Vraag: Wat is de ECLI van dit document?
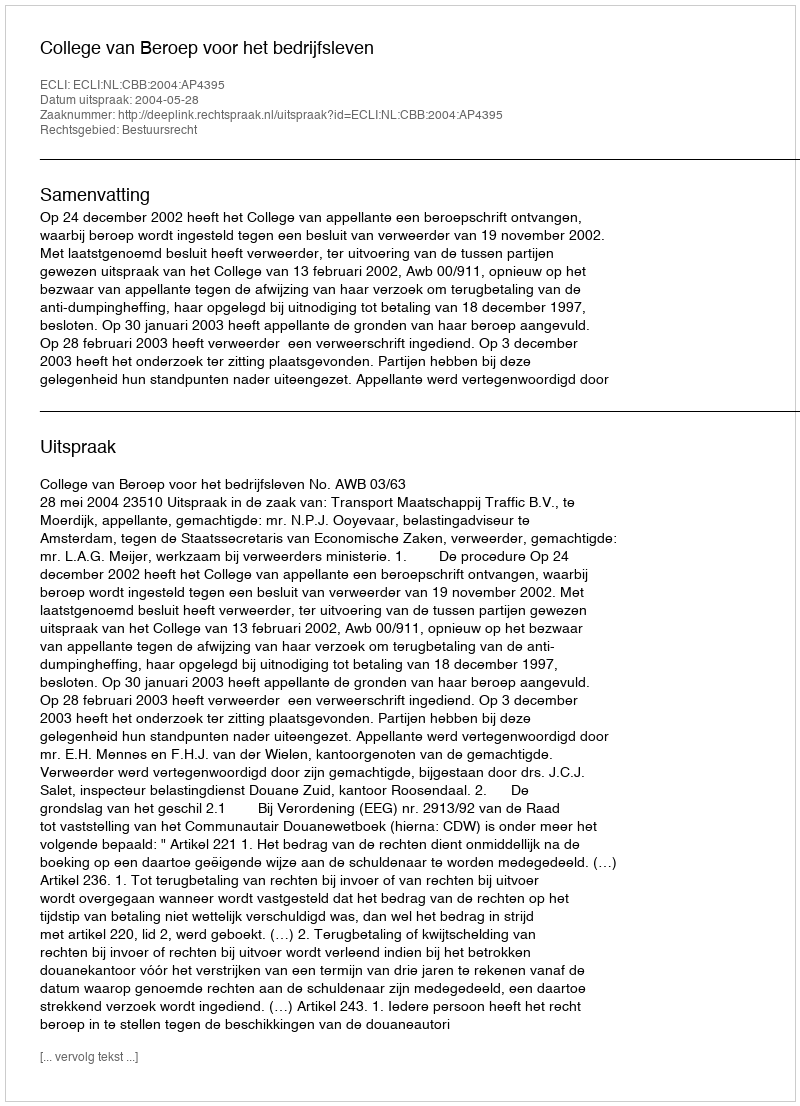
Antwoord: ECLI:NL:CBB:2004:AP4395